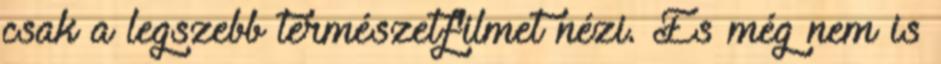
csak a legszebb természetfilmet nézi. És még nem is